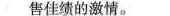
售佳绩的激情。